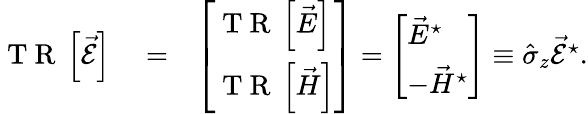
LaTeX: \begin{array}{rlr}{\mathrm{~T~R~}\left\lbrack\vec{\mathcal{E}}\right\rbrack}&{{}=}&{\left[\begin{array}{l}{\mathrm{~T~R~}\left\lbrack\vec{E}\right\rbrack}\\ {\mathrm{~T~R~}\left\lbrack\vec{H}\right\rbrack}\end{array}\right]=\left[\begin{array}{l}{\vec{E}^{\star}}\\ {-\vec{H}^{\star}}\end{array}\right]\equiv\hat{\sigma}_{z}\vec{\mathcal{E}}^{\star}.}\end{array}